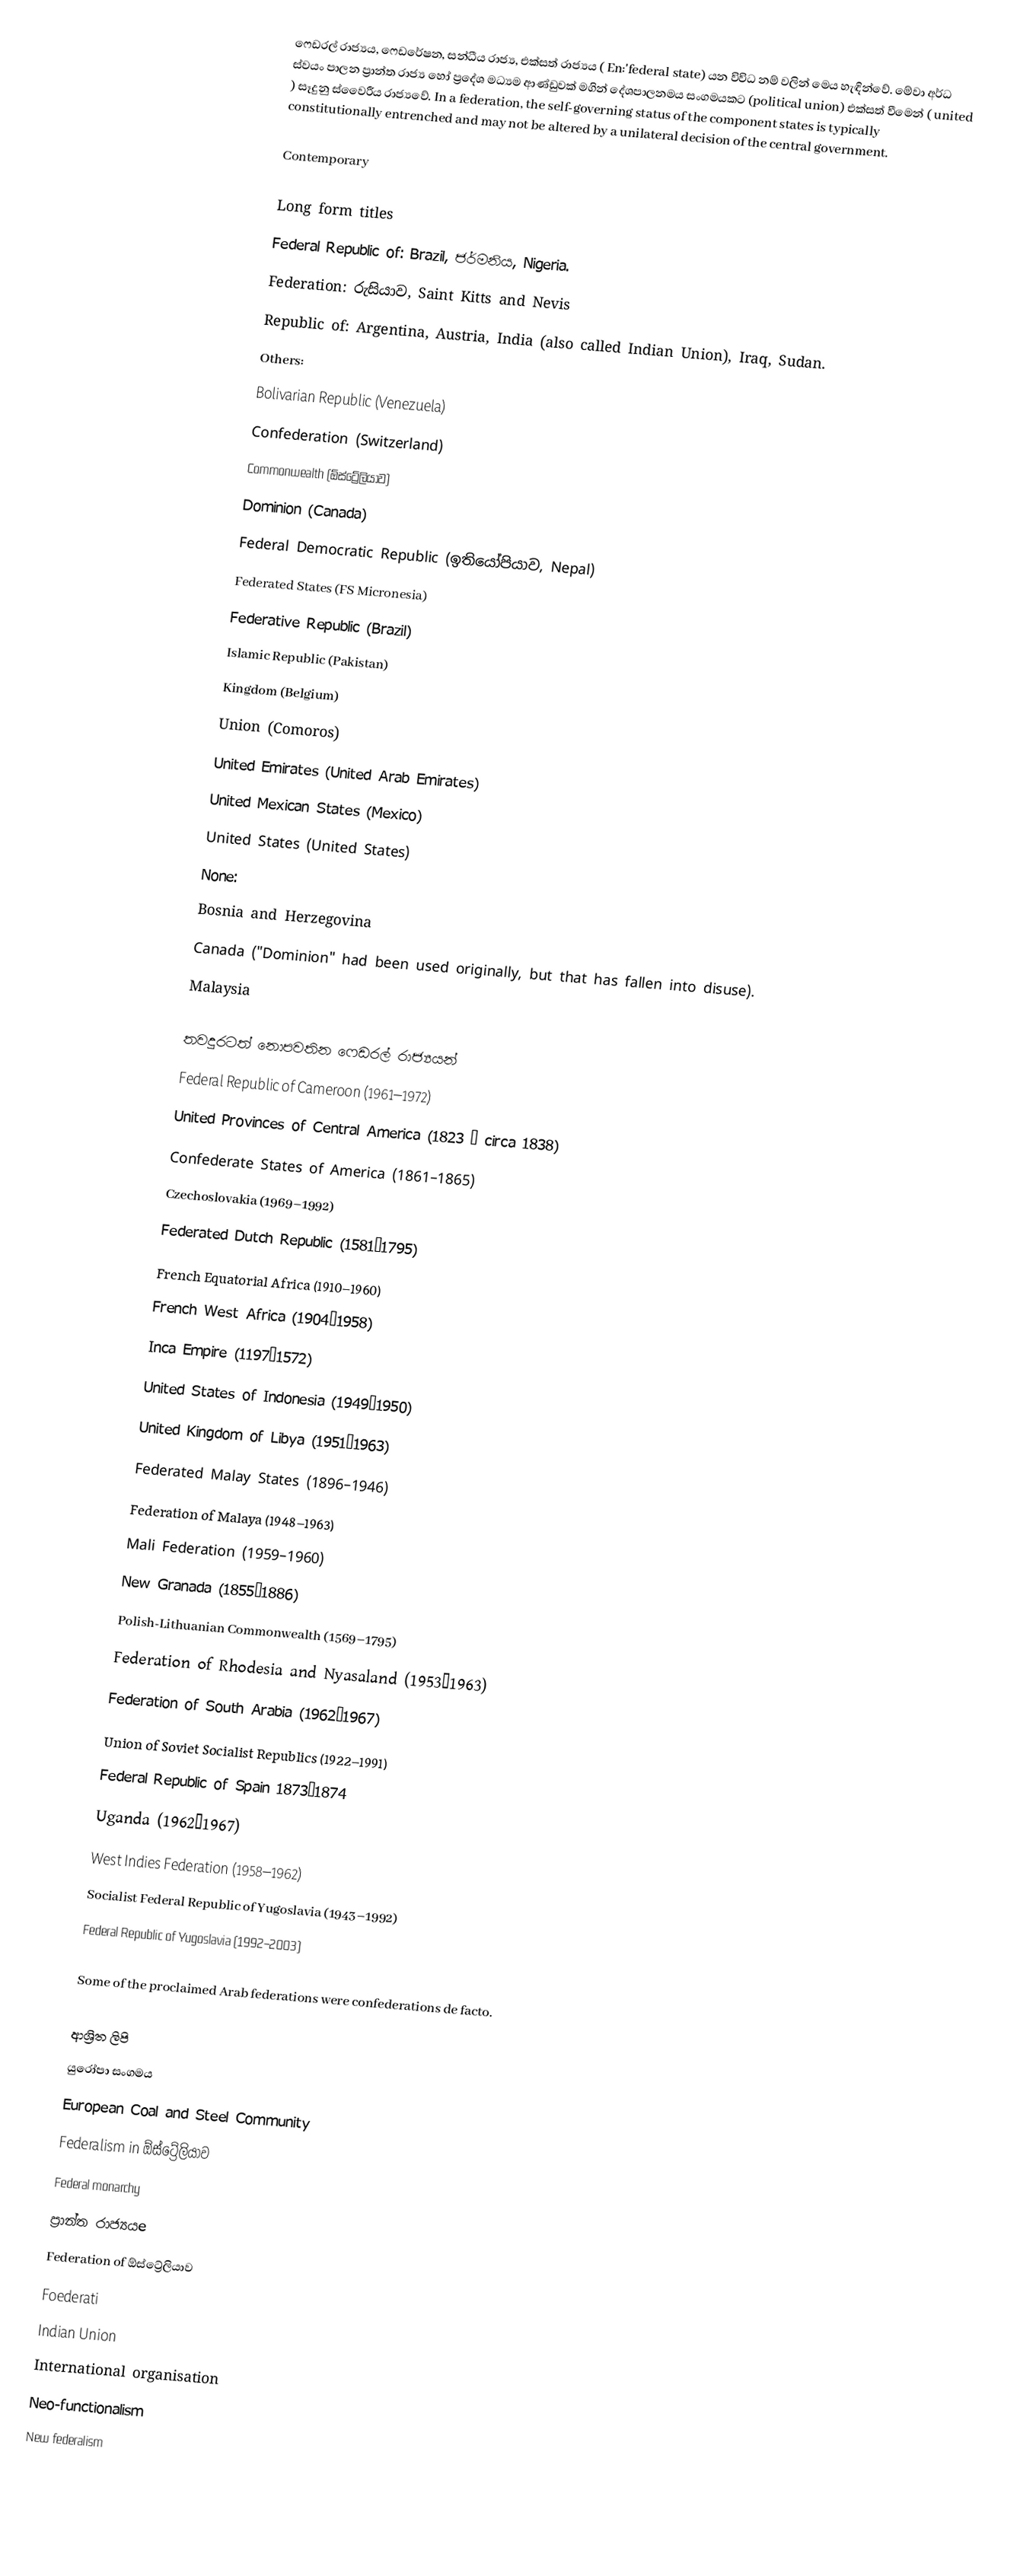
ෆෙඩරල් රාජ්‍යය, ෆෙඩරේෂන, සන්ධීය රාජ්‍ය, එක්සත් රාජ්‍යය ( En:'federal state) යන විවිධ නම් වලින් මෙය හැඳින්වේ. මේවා  අර්ධ ස්වයං පාලන ප්‍රාන්ත රාජ්‍ය හෝ ප්‍රදේශ මධ්‍යම ආණ්ඩුවක් මගින් දේශපාලනමය සංගමයකට (political union) එක්සත් වීමෙන් ( united ) සෑදුනු ස්වෛරීය රාජ්‍යවේ.  In a federation, the self-governing status of the component states is typically constitutionally entrenched and may not be altered by a unilateral decision of the central government.

Contemporary

Long form titles
Federal Republic of: Brazil, ජර්මනිය, Nigeria.
 Federation: රුසියාව, Saint Kitts and Nevis
 Republic of: Argentina, Austria, India (also called Indian Union), Iraq, Sudan.
 Others:
 Bolivarian Republic (Venezuela)
 Confederation (Switzerland)
 Commonwealth (ඕස්ට්‍රේලියාව)
 Dominion (Canada)
 Federal Democratic Republic (ඉතියෝපියාව, Nepal)
 Federated States (FS Micronesia)
 Federative Republic (Brazil)
Islamic Republic (Pakistan)
 Kingdom (Belgium)
 Union (Comoros)
 United Emirates (United Arab Emirates)
 United Mexican States (Mexico)
 United States (United States)
 None:
Bosnia and Herzegovina
Canada ("Dominion" had been used originally, but that has fallen into disuse).
Malaysia

තවදුරටත් නොපවතින ෆෙඩරල් රාජ්‍යයන්
Federal Republic of Cameroon (1961–1972)
 United Provinces of Central America (1823 – circa 1838)
 Confederate States of America (1861–1865)
 Czechoslovakia (1969–1992)
 Federated Dutch Republic (1581–1795)
 French Equatorial Africa (1910–1960)
 French West Africa (1904–1958)
 Inca Empire (1197–1572)
 United States of Indonesia (1949–1950)
 United Kingdom of Libya (1951–1963)
 Federated Malay States (1896–1946)
 Federation of Malaya (1948–1963)
 Mali Federation (1959–1960)
 New Granada (1855–1886)
 Polish-Lithuanian Commonwealth (1569–1795)
 Federation of Rhodesia and Nyasaland (1953–1963)
 Federation of South Arabia (1962–1967)
 Union of Soviet Socialist Republics (1922–1991)
 Federal Republic of Spain 1873–1874
 Uganda (1962–1967)
 West Indies Federation (1958–1962)
 Socialist Federal Republic of Yugoslavia (1943–1992)
 Federal Republic of Yugoslavia (1992–2003)

Some of the proclaimed Arab federations were confederations de facto.

ආශ්‍රිත ලිපි
 යුරෝපා සංගමය
 European Coal and Steel Community
 Federalism in ඕස්ට්‍රේලියාව
 Federal monarchy
 ප්‍රාන්ත රාජ්‍යයe
 Federation of ඕස්ට්‍රේලියාව
 Foederati
 Indian Union
 International organisation
 Neo-functionalism
 New federalism